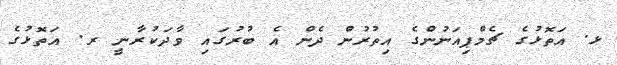
ޅ. އަތޮޅުގެ ޗެމްޕިއަނުންގެ އިތުރުން ދެން އެ ބުރުގައި ވާދަކުރާނީ ރ. އަތޮޅުގެ